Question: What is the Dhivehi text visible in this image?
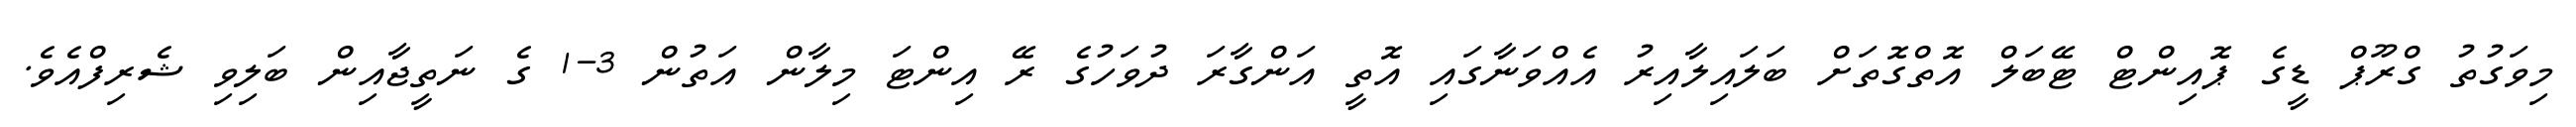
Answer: މިވަގުތު ގްރޫޕް ޑީގެ ޕޮއިންޓް ޓޭބަލް އޮތްގޮތަށް ބަލައިލާއިރު އެއްވަނާގައި އޮތީ އަންގާރަ ދުވަހުގެ ރޭ އިންޓަ މިލާން އަތުން 3-1 ގެ ނަތީޖާއިން ބަލިވި ޝެރިފްއެވެ.